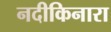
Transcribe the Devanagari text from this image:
नदीकिनारा